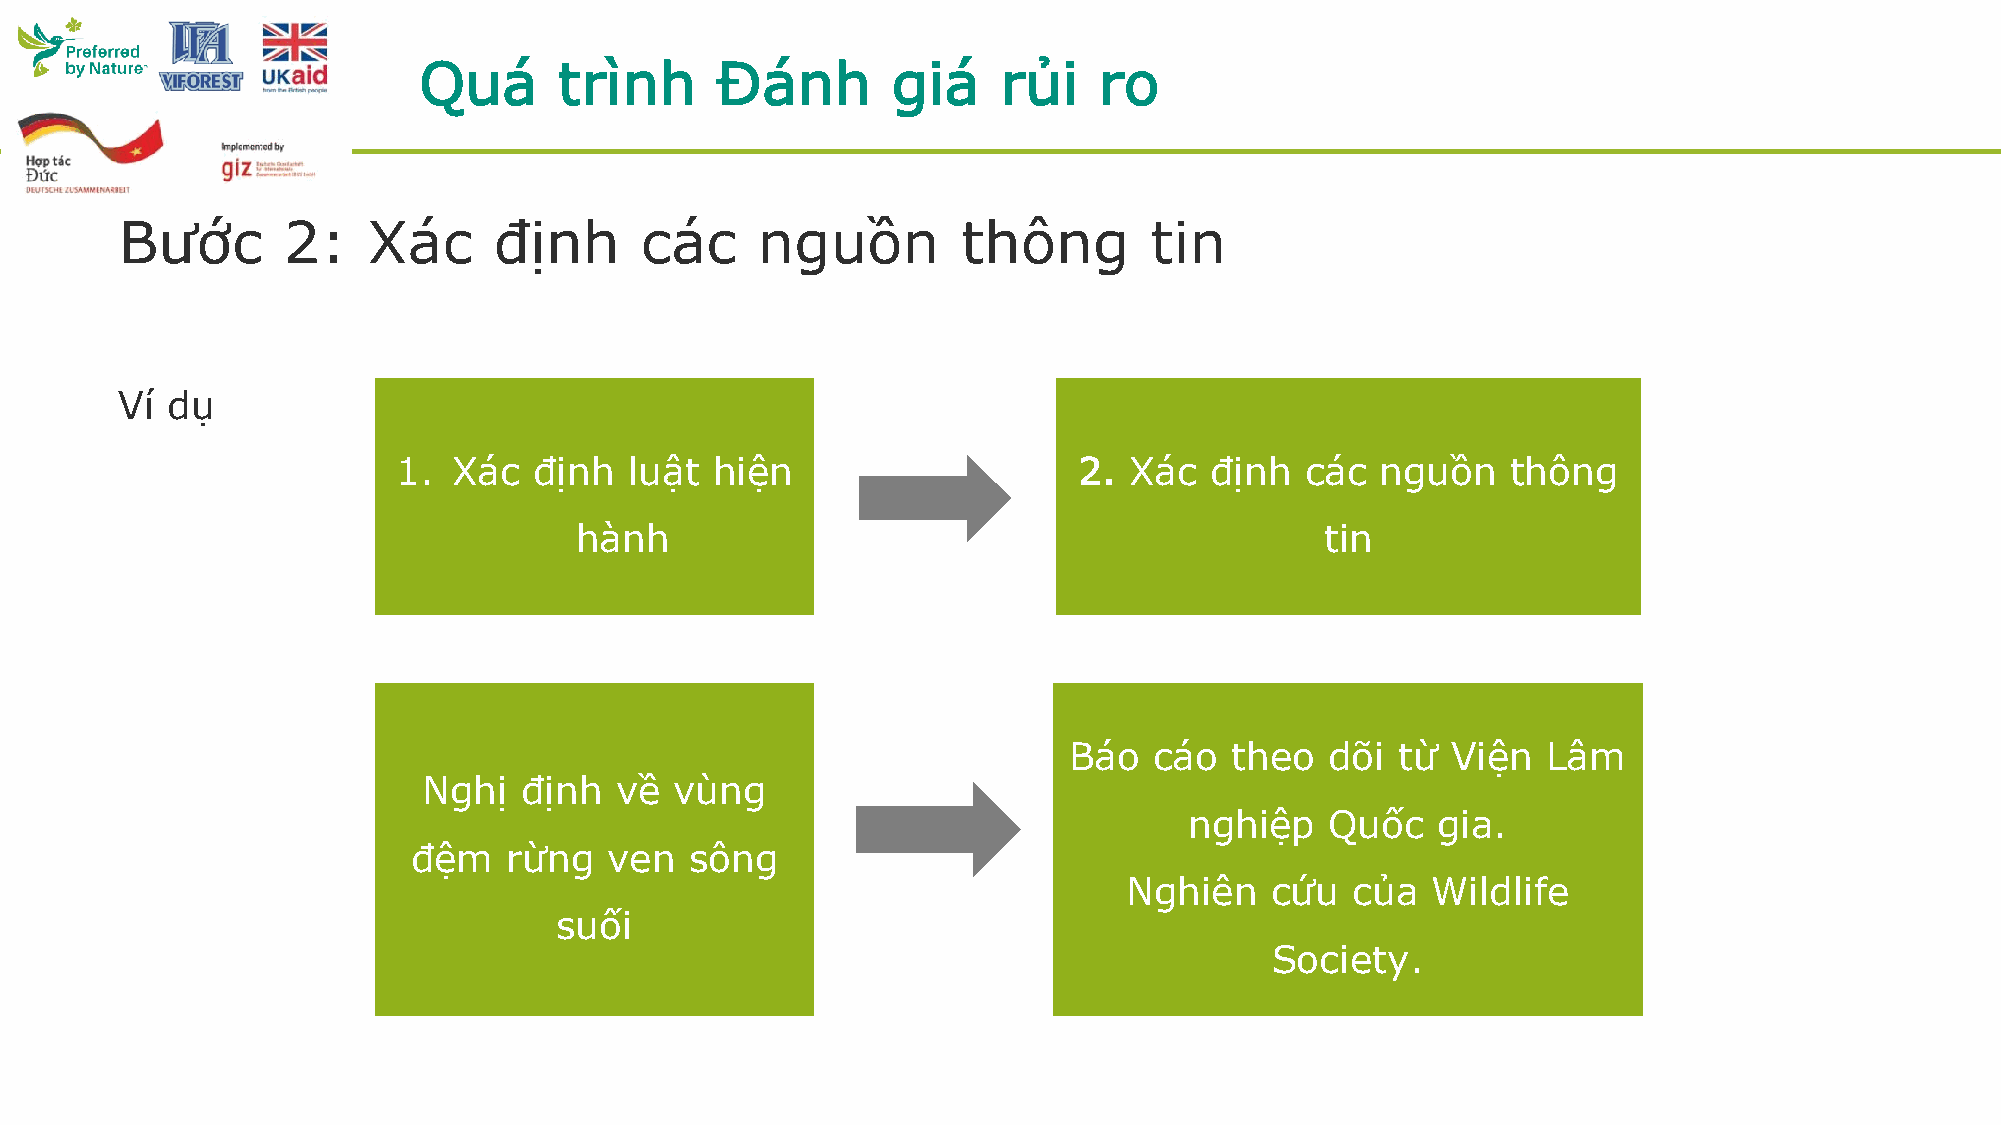
Quá      trình     Đánh        giá    rủi    ro
 Bước       2:   Xác      định     các     nguồn         thông       tin
 Ví dụ
 1.  Xác  định   luật hiện                    2.  Xác  định  các  nguồn    thông
 hành                                              tin
 Báo  cáo  theo   dõi  từ Viện  Lâm
 Nghị  định   về  vùng
 nghiệp   Quốc   gia.
 đệm   rừng   ven   sông
 Nghiên   cứu  của   Wildlife
 suối
 Society.